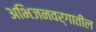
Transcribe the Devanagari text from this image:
अभिजनवर्गातील